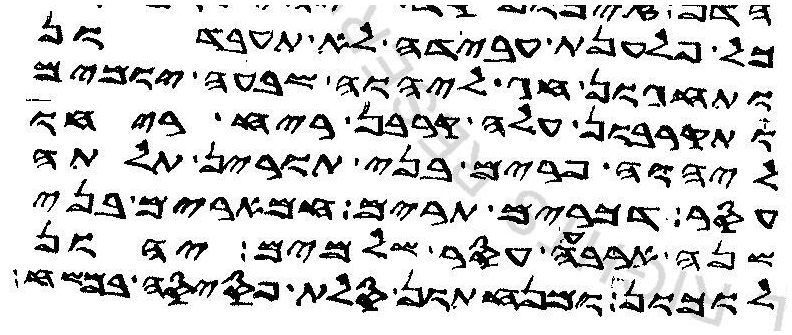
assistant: כל פלענת עבידה לא תעבדון
ותחגון חג ליהוה שבעה יומים
ותקרבון עלה קרבן ריח ריחו
ליהוה פרים בני תורין תלתה
עסר דכרים תרים חמארים בני
שנה ארבעה עסר שלמים יהון
לוכון ומנחתון סלת פסיסה במשח